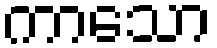
ကာသော